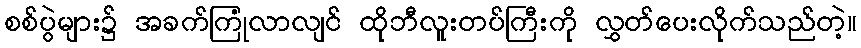
စစ်ပွဲများ၌ အခက်ကြုံလာလျင် ထိုဘီလူးတပ်ကြီးကို လွှတ်ပေးလိုက်သည်တဲ့။